Sketch of the medical history of the native army of Bombay, for the year
Year: 1872
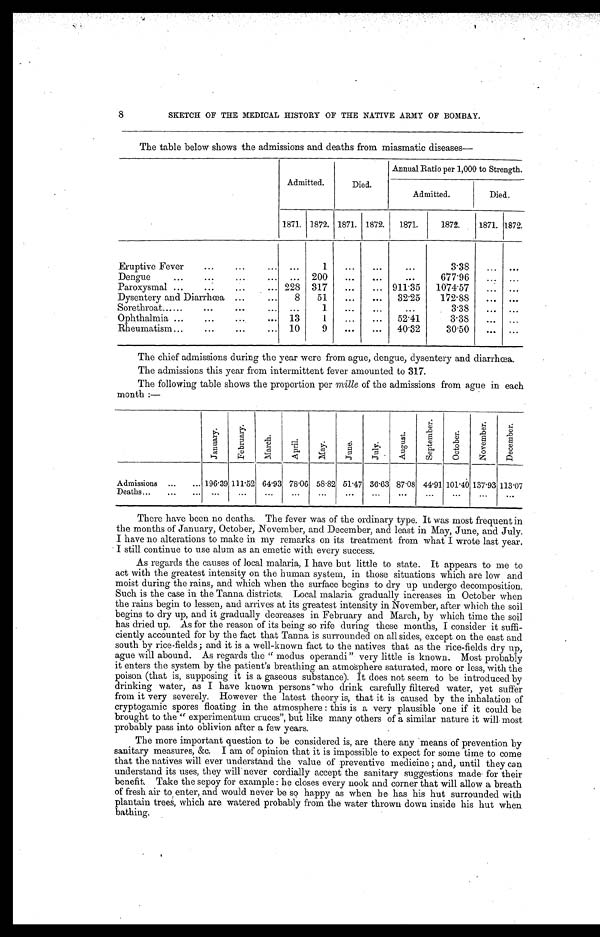
8
SKETCH OF THE MEDICAL HISTORY OF THE NATIVE ARMY OF BOMBAY.
The table below shows the admissions and deaths from miasmatic diseases
—
Admitted.
Died.
Annual Ratio per 1,000 to Strength.
Admitted.
Died.
1871. 1872. 1871. 1872.
1871.
1872.
1871. 1872.
Eruptive Fever . . .
. . .
1
. . .
. . .
. . .
3.38
. . .
. . .
Dengue . . .
. . . 200
. . .
. . .
. . .
677.96
. . .
. . .
Paroxysmal
. . . 228 317
. . .
. . . 911.35
1074.57
. . .
. . .
Dysentery and Diarrhœa
. . .
8
51
. . .
. . .
32.25
172.88
. . .
. . .
Sorethroat . . .
. . .
1
. . .
. . .
. . .
3.38
. . .
. . .
Ophthalmia . . . 13
1
. . .
. . .
52.41
3.38
. . .
. . .
Rheumatism . . . 10
9
. . .
. . .
40.32
30.50
. . .
. . .
The chief admissions during the year were from ague, dengue, dysentery and diarrhœa.
The admissions this year from intermittent fever amounted to 317.
The following table shows the proportion per mille of the admissions from ague in each
month :—
J a n u a r y
F e b r u a r y .
M a r c h .
A p r i l .
M a y .
J u n e .
J u l y .
A u g u s t .
S e p t e m b e r .
O c t o b e r .
N o v e m b e r .
D e c e m b e r .
Admissions . . .
1 9 6 . 3 9
1 1 1 . 5 2
64.93
78.06 58.82 51.47 36.63 87.08 44.91 101.40 137.93 113.07
Deaths . . .
. . .
. . .
. . .
. . .
. . .
. . .
. . .
. . .
. . .
. . .
. . .
. . .
There have been no deaths. The fever was of the ordinary type. It was most frequent in
the months of January, October, November, and December, and least in May, June, and July.
I have no alterations to make in my remarks on its treatment from what I wrote last year.
I still continue to use alum as an emetic with every success.
As regards the causes of local malaria, I have but little to state. It appears to me to
act with the greatest intensity on the human system, in those situations which are low and
moist during the rains, and which when the surface begins to dry up undergo decomposition.
Such is the case in the Tanna districts. Local malaria gradually increases in October when
the rains begin to lessen, and arrives at its greatest intensity in November, after which the soil
begins to dry up, and it gradually decreases in February and March, by which time the soil
has dried up. As for the reason of its being so rife during these months, I consider it suffi
-ciently accounted for by the fact that Tanna is surrounded on all sides, except on the east and
south by rice-fields; and it is a well-known fact to the natives that as the rice-fields dry up,
ague will abound. As regards the "modus operandi" very little is known. Most probably
it enters the system by the patient's breathing an atmosphere saturated, more or less, with the
poison (that is, supposing it is a gaseous substance). It does not seem to be introduced by
drinking water, as I have known persons who drink carefully filtered water, yet suffer
from it very severely. However the latest theory is, that it is caused by the inhalation of
cryptogamic spores floating in the atmosphere : this is a very plausible one if it could be
brought to the " experimentum cruces", but like many others of a similar nature it will, most
probably pass into oblivion after a few years.
The more important question to be considered is, are there any means of prevention by
sanitary measures, &c. I am of opinion that it is impossible to expect for some time to come
that the natives will ever understand the value of preventive medicine ; and, until they can
understand its uses, they will never cordially accept the sanitary suggestions made for their
benefit. Take the sepoy for example : he closes every nook and corner that will allow a breath
of fresh air to enter, and would never be so happy as when he has his hut surrounded with
plantain trees, which are watered probably from the water thrown down inside his hut when
bathing.